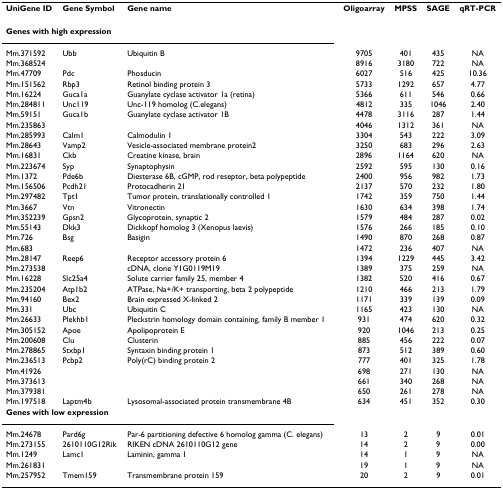
<table><thead><tr><td><b>UniGene ID</b></td><td><b>Gene Symbol</b></td><td><b>Gene name</b></td><td><b>Oligoarray</b></td><td><b>MPSS</b></td><td><b>SAGE</b></td><td><b>qRT-PCR</b></td></tr></thead><tbody><tr><td colspan="7"><b>Genes with high expression</b></td></tr><tr><td>Mm.371592</td><td>Ubb</td><td>Ubiquitin B</td><td>9705</td><td>401</td><td>435</td><td>NA</td></tr><tr><td>Mm.368524</td><td></td><td></td><td>8916</td><td>3180</td><td>722</td><td>NA</td></tr><tr><td>Mm.47709</td><td>Pdc</td><td>Phosducin</td><td>6027</td><td>516</td><td>425</td><td>10.36</td></tr><tr><td>Mm.151562</td><td>Rbp3</td><td>Retinol binding protein 3</td><td>5733</td><td>1292</td><td>657</td><td>4.77</td></tr><tr><td>Mm.16224</td><td>Guca1a</td><td>Guanylate cyclase activator 1a (retina)</td><td>5366</td><td>611</td><td>546</td><td>0.66</td></tr><tr><td>Mm.284811</td><td>Unc119</td><td>Unc-119 homolog (C.elegans)</td><td>4812</td><td>335</td><td>1046</td><td>2.40</td></tr><tr><td>Mm.59151</td><td>Guca1b</td><td>Guanylate cyclase activator 1B</td><td>4478</td><td>3116</td><td>287</td><td>1.44</td></tr><tr><td>Mm.235863</td><td></td><td></td><td>4046</td><td>1312</td><td>361</td><td>NA</td></tr><tr><td>Mm.285993</td><td>Calm1</td><td>Calmodulin 1</td><td>3304</td><td>543</td><td>222</td><td>3.09</td></tr><tr><td>Mm.28643</td><td>Vamp2</td><td>Vesicle-associated membrane protein2</td><td>3250</td><td>683</td><td>296</td><td>2.63</td></tr><tr><td>Mm.16831</td><td>Ckb</td><td>Creatine kinase, brain</td><td>2896</td><td>1164</td><td>620</td><td>NA</td></tr><tr><td>Mm.223674</td><td>Syp</td><td>Synaptophysin</td><td>2592</td><td>595</td><td>130</td><td>0.16</td></tr><tr><td>Mm.1372</td><td>Pde6b</td><td>Diesterase 6B, cGMP, rod reseptor, beta polypeptide</td><td>2400</td><td>956</td><td>982</td><td>1.73</td></tr><tr><td>Mm.156506</td><td>Pcdh21</td><td>Protocadherin 21</td><td>2137</td><td>570</td><td>232</td><td>1.80</td></tr><tr><td>Mm.297482</td><td>Tpt1</td><td>Tumor protein, translationally controlled 1</td><td>1742</td><td>359</td><td>750</td><td>1.44</td></tr><tr><td>Mm.3667</td><td>Vtn</td><td>Vitronectin</td><td>1630</td><td>634</td><td>398</td><td>1.74</td></tr><tr><td>Mm.352239</td><td>Gpsn2</td><td>Glycoprotein, synaptic 2</td><td>1579</td><td>484</td><td>287</td><td>0.02</td></tr><tr><td>Mm.55143</td><td>Dkk3</td><td>Dickkopf homolog 3 (Xenopus laevis)</td><td>1576</td><td>266</td><td>185</td><td>0.10</td></tr><tr><td>Mm.726</td><td>Bsg</td><td>Basigin</td><td>1490</td><td>870</td><td>268</td><td>0.87</td></tr><tr><td>Mm.683</td><td></td><td></td><td>1472</td><td>236</td><td>407</td><td>NA</td></tr><tr><td>Mm.28147</td><td>Reep6</td><td>Receptor accessory protein 6</td><td>1394</td><td>1229</td><td>445</td><td>3.42</td></tr><tr><td>Mm.273538</td><td></td><td>cDNA, clone Y1G0119M19</td><td>1389</td><td>375</td><td>259</td><td>NA</td></tr><tr><td>Mm.16228</td><td>Slc25a4</td><td>Solute carrier family 25, member 4</td><td>1382</td><td>520</td><td>416</td><td>0.67</td></tr><tr><td>Mm.235204</td><td>Atp1b2</td><td>ATPase, Na+/K+ transporting, beta 2 polypeptide</td><td>1210</td><td>466</td><td>213</td><td>1.79</td></tr><tr><td>Mm.94160</td><td>Bex2</td><td>Brain expressed X-linked 2</td><td>1171</td><td>339</td><td>139</td><td>0.09</td></tr><tr><td>Mm.331</td><td>Ubc</td><td>Ubiquitin C</td><td>1165</td><td>423</td><td>130</td><td>NA</td></tr><tr><td>Mm.26633</td><td>Plekhb1</td><td>Pleckstrin homology domain containing, family B member 1</td><td>931</td><td>474</td><td>620</td><td>0.32</td></tr><tr><td>Mm.305152</td><td>Apoe</td><td>Apolipoprotein E</td><td>920</td><td>1046</td><td>213</td><td>0.25</td></tr><tr><td>Mm.200608</td><td>Clu</td><td>Clusterin</td><td>885</td><td>456</td><td>222</td><td>0.07</td></tr><tr><td>Mm.278865</td><td>Stxbp1</td><td>Syntaxin binding protein 1</td><td>873</td><td>512</td><td>389</td><td>0.60</td></tr><tr><td>Mm.236513</td><td>Pcbp2</td><td>Poly(rC) binding protein 2</td><td>777</td><td>401</td><td>325</td><td>1.78</td></tr><tr><td>Mm.41926</td><td></td><td></td><td>698</td><td>271</td><td>130</td><td>NA</td></tr><tr><td>Mm.373613</td><td></td><td></td><td>661</td><td>340</td><td>268</td><td>NA</td></tr><tr><td>Mm.379381</td><td></td><td></td><td>650</td><td>261</td><td>278</td><td>NA</td></tr><tr><td>Mm.197518</td><td>Laptm4b</td><td>Lysosomal-associated protein transmembrane 4B</td><td>634</td><td>451</td><td>352</td><td>0.30</td></tr><tr><td colspan="7"><b>Genes with low expression</b></td></tr><tr><td>Mm.24678</td><td>Pard6g</td><td>Par-6 partitioning defective 6 homolog gamma (C. elegans)</td><td>13</td><td>2</td><td>9</td><td>0.01</td></tr><tr><td>Mm.273155</td><td>2610110G12Rik</td><td>RIKEN cDNA 2610110G12 gene</td><td>14</td><td>2</td><td>9</td><td>0.00</td></tr><tr><td>Mm.1249</td><td>Lamc1</td><td>Laminin, gamma 1</td><td>14</td><td>1</td><td>9</td><td>NA</td></tr><tr><td>Mm.261831</td><td></td><td></td><td>19</td><td>1</td><td>9</td><td>NA</td></tr><tr><td>Mm.257952</td><td>Tmem159</td><td>Transmembrane protein 159</td><td>20</td><td>2</td><td>9</td><td>0.01</td></tr></tbody></table>